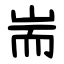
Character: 耑